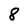
Character: 8